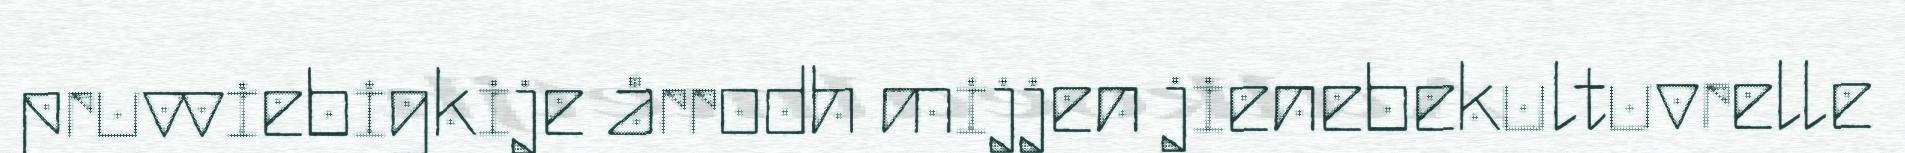
pruvviebigkije årrodh mijjen jienebekultuvrelle